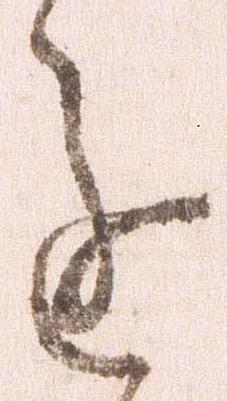
進